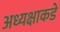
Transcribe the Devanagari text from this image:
अध्यक्षाकडे